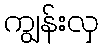
ကျွန်းလှ